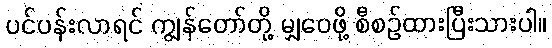
ပင်ပန်းလာရင် ကျွန်တော်တို့ မျှဝေဖို့ စီစဉ်ထားပြီးသားပါ။